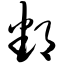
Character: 鄱